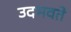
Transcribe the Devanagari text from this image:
उदभवते